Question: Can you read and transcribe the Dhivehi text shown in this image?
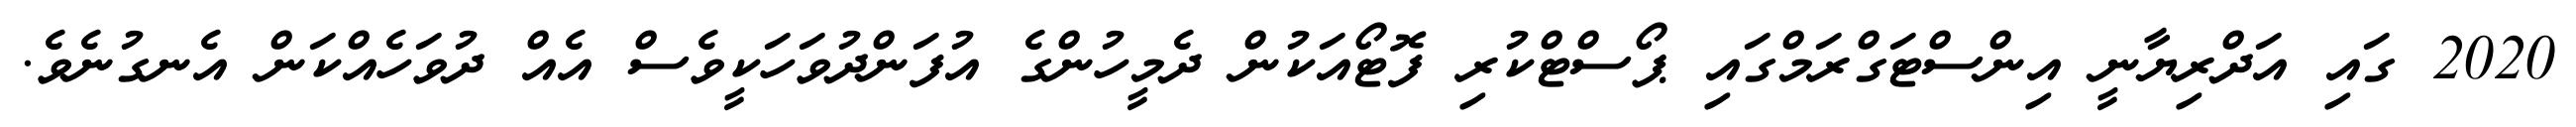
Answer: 2020 ގައި އަދްރިޔާނީ އިންސްޓަގްރަމްގައި ޕޯސްޓްކުރި ފޮޓޯއަކުން ދެމީހުންގެ އުފަންދުވަހަކީވެސް އެއް ދުވަހެއްކަން އެނގުނެވެ.